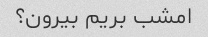
امشب بریم بیرون؟